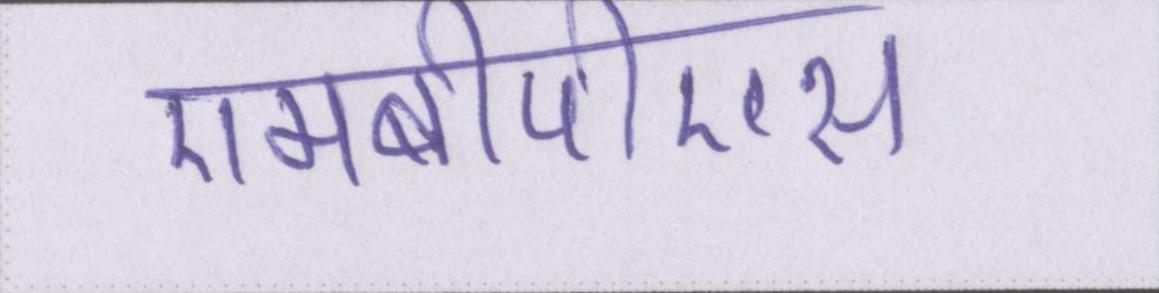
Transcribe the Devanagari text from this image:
एमबीपीएस